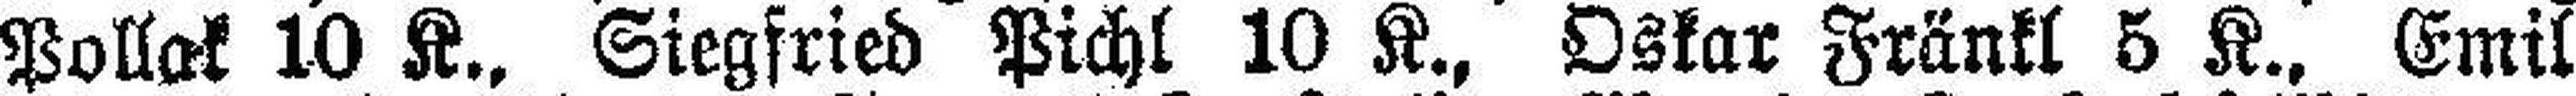
Pollak 10 K., Siegfried Pichl 10 K., Oskar Fränkl 5 K., Emil